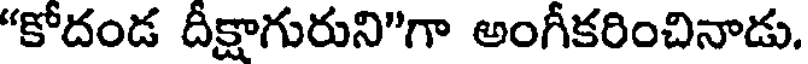
"కోదండ దీక్షాగురుని"గా అంగీకరించినాడు.